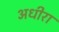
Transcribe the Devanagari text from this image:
अधीरा